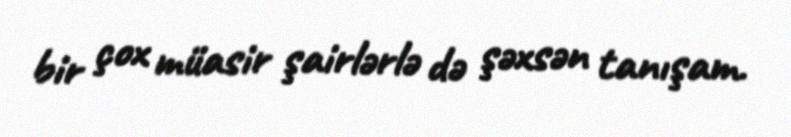
bir çox müasir şairlərlə də şəxsən tanışam.